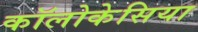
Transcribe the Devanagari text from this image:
कॉलोकेसिया